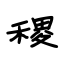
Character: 稷